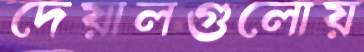
দেয়ালগুলোয়